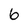
Character: 6